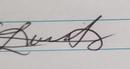
Signature authenticity: genuine